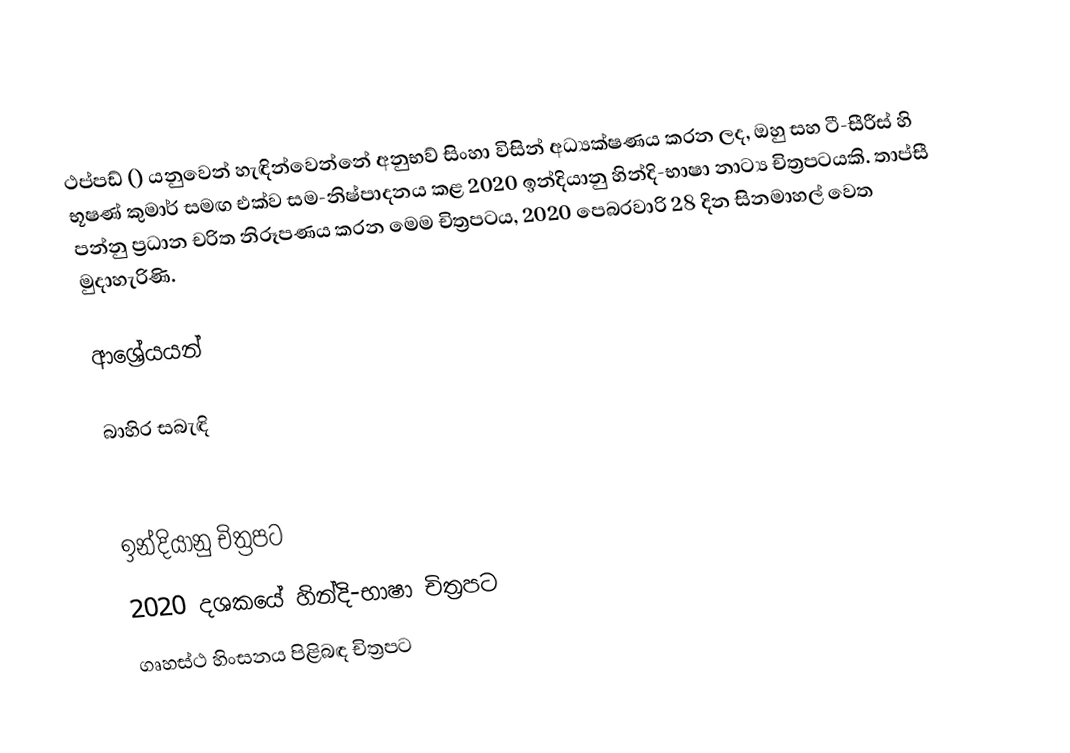
ථප්පඩ් () යනුවෙන් හැඳින්වෙන්නේ අනුභව් සිංහා විසින් අධ්‍යක්ෂණය කරන ලද, ඔහු සහ ටී-සීරීස් හි භූෂණ් කුමාර් සමඟ එක්ව සම-නිෂ්පාදනය කළ 2020 ඉන්දියානු හින්දි-භාෂා නාට්‍ය චිත්‍රපටයකි. තාප්සී පන්නු ප්‍රධාන චරිත නිරූපණය කරන මෙම චිත්‍රපටය, 2020 පෙබරවාරි 28 දින සිනමාහල් වෙත මුදාහැරිණි.

ආශ්‍රේයයන්

බාහිර සබැඳි

ඉන්දියානු චිත්‍රපට
2020 දශකයේ හින්දි-භාෂා චිත්‍රපට
ගෘහස්ථ හිංසනය පිළිබඳ චිත්‍රපට